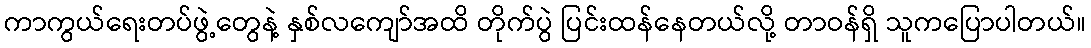
ကာကွယ်ရေးတပ်ဖွဲ့တွေနဲ့ နှစ်လကျော်အထိ တိုက်ပွဲ ပြင်းထန်နေတယ်လို့ တာဝန်ရှိ သူကပြောပါတယ်။